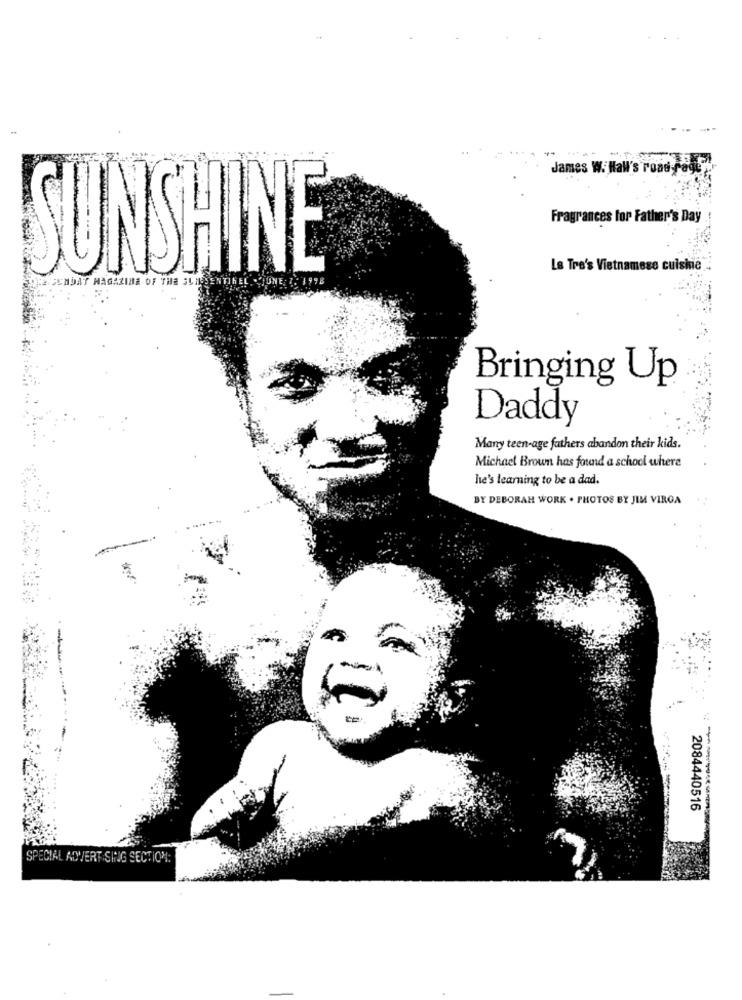
James W. Hall's road rage
Fragrances for Father's Day
SUNSHINE
La Tre's Vietnamese cuiskie
SUNDAY MAGAZINE OF THE SLINGSENTINEL
Bringing Up
Daddy
Many teen-age fathers abandon their kids.
Michael Brown has found a school where
he's learning to be a dad.
BY DEBORAH WORK . PHOTOS BY JIM VIRGA
2084440516
-------
SPECIAL ADVERT SING SECTION: